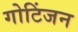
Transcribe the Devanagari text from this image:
गोटिंजन